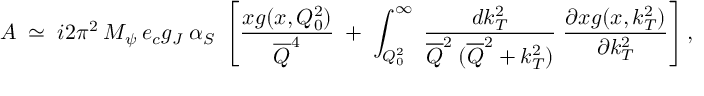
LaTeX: A \; \simeq \; i 2 \pi ^ { 2 } \: M _ { \psi } \: e _ { c } g _ { J } \: \alpha _ { S } \; \left[ \frac { x g ( x , Q _ { 0 } ^ { 2 } ) } { \overline { { { Q } } } ^ { 4 } } \; + \; \int _ { Q _ { 0 } ^ { 2 } } ^ { \infty } \; \frac { d k _ { T } ^ { 2 } } { \overline { { { Q } } } ^ { 2 } \: ( \overline { { { Q } } } ^ { 2 } + k _ { T } ^ { 2 } ) } \; \frac { \partial x g ( x , k _ { T } ^ { 2 } ) } { \partial k _ { T } ^ { 2 } } \right] ,